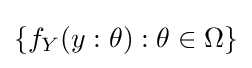
\{f_{Y}(y:\theta ):\theta \in \Omega \}